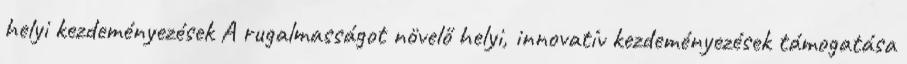
helyi kezdeményezések A rugalmasságot növelő helyi, innovatív kezdeményezések támogatása